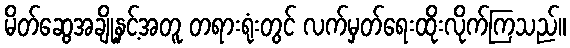
မိတ်ဆွေအချို့နှင့်အတူ တရားရုံးတွင် လက်မှတ်ရေးထိုးလိုက်ကြသည်။